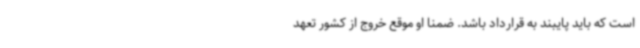
است که باید پایبند به قرارداد باشد. ضمنا او موقع خروج از کشور تعهد